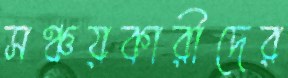
সঞ্চয়কারীদের